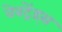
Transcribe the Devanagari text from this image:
वेबट्रेंड्स